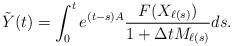
LaTeX: \begin{align*}\tilde{Y}(t)=\int_0^te^{(t-s)A}\frac{F(X_{\ell(s)})}{1+\Delta tM_{\ell(s)}}ds.\end{align*}